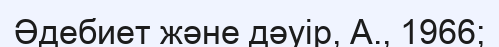
Әдебиет және дәуір, А., 1966;